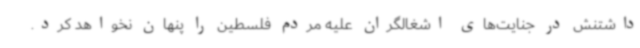
داشتنش در جنایت‌های اشغالگران علیه مردم فلسطین را پنهان نخواهد کرد.